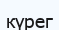
күрег